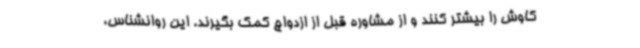
کاوش را بیشتر کنند و از مشاوره قبل از ازدواج کمک بگیرند. این روانشناس،